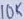
Text: 10K